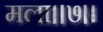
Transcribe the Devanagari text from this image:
मला।।७।।